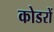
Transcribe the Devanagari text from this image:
कोडरों